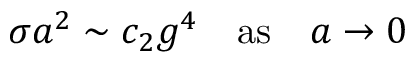
\sigma a ^ { 2 } \sim c _ { 2 } g ^ { 4 } \quad \mathrm { a s } \quad a \to 0